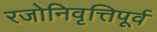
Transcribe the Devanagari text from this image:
रजोनिवृत्तिपूर्व